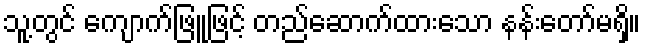
သူ့တွင် ကျောက်ဖြူဖြင့် တည်ဆောက်ထားသော နန်းတော်မရှိ။